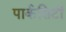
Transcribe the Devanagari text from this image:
पार्कसिटी